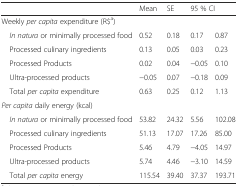
|  | Mean | SE | <COLSPAN=2> 95 % CI |
 | --- | --- | --- | --- | --- |
 | <COLSPAN=5> Weekly per capita expenditure (R$a) |
 | In natura or minimally processed food | 0.52 | 0.18 | 0.17 | 0.87 |
 | Processed culinary ingredients | 0.13 | 0.05 | 0.03 | 0.23 |
 | Processed Products | 0.02 | 0.04 | −0.05 | 0.10 |
 | Ultra-processed products | −0.05 | 0.07 | −0.18 | 0.09 |
 | Total per capita expenditure | 0.63 | 0.25 | 0.12 | 1.13 |
 | <COLSPAN=5> Per capita daily energy (kcal) |
 | In natura or minimally processed food | 53.82 | 24.32 | 5.56 | 102.08 |
 | Processed culinary ingredients | 51.13 | 17.07 | 17.26 | 85.00 |
 | Processed Products | 5.46 | 4.79 | −4.05 | 14.97 |
 | Ultra-processed products | 5.74 | 4.46 | −3.10 | 14.59 |
 | Total per capita energy | 115.54 | 39.40 | 37.37 | 193.71 |